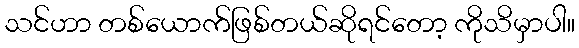
သင်ဟာ တစ်ယောက်ဖြစ်တယ်ဆိုရင်တော့ ကိုသိမှာပါ။